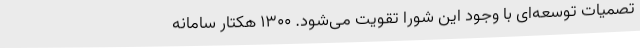
تصمیات توسعه‌ای با وجود این شورا تقویت می‌شود. 1300 هکتار سامانه